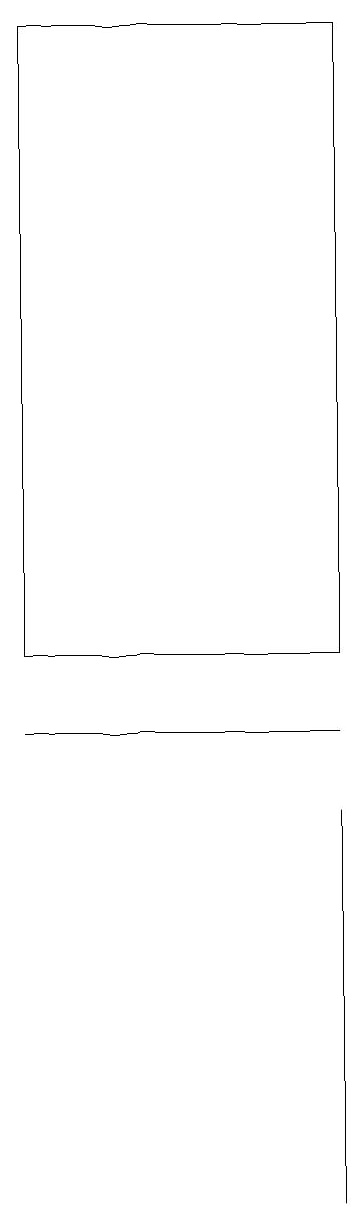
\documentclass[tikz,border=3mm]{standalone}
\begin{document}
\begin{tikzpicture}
\draw (4,10) rectangle (0,10);
\draw (4,11) rectangle (0,19);
\draw (4,7) -- (4,9) -- (4,4) -- cycle;
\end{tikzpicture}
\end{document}